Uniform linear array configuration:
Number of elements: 16
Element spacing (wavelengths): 1
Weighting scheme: exponential
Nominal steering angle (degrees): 0
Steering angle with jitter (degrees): -1.179
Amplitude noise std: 0.05
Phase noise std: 0.05

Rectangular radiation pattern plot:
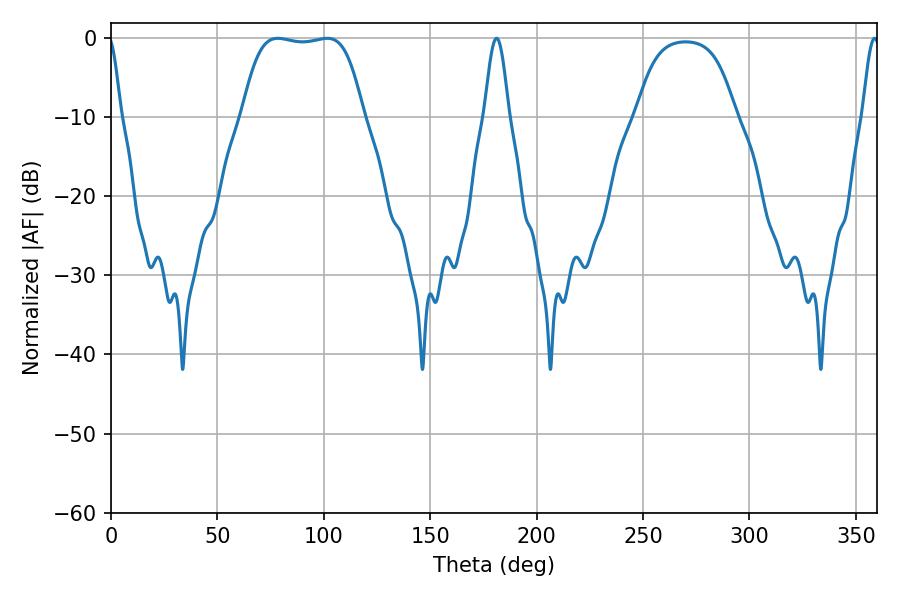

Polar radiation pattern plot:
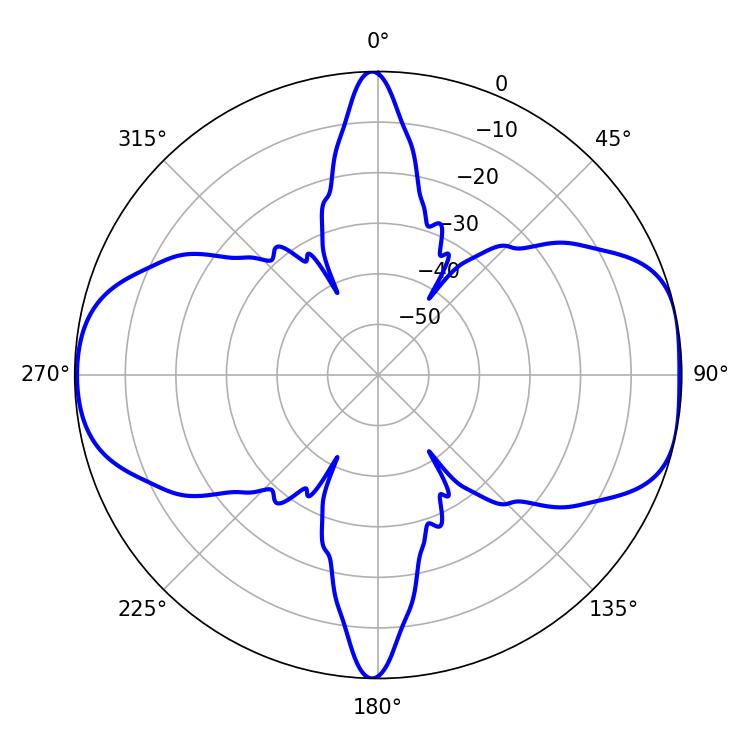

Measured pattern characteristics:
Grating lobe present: TRUE
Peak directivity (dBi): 9.163
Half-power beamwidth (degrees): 44.28
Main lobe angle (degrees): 78.3